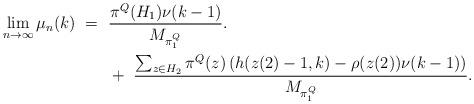
LaTeX: \begin{align*} \lim_{n\to\infty} \mu_n (k) &\ = \ \frac{ \pi^Q (H_1) \nu(k-1)}{M_{\pi^Q_1}}.\\ &\ \ \ \ \ \ +\ \frac {\sum_{z \in H_2} \pi^Q ( z ) \left ( h (z(2)-1,k) -\rho(z(2))\nu (k-1)\right)}{M_{\pi^Q_1}}. \end{align*}